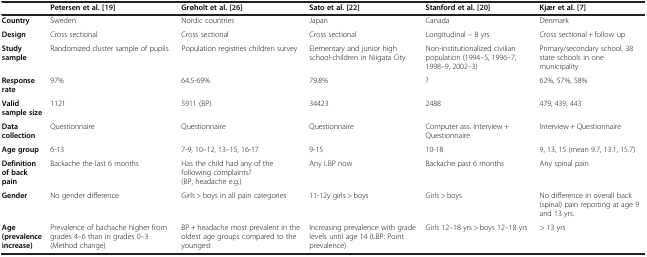
<table><thead><tr><td></td><td><b>Petersen et al. [19]</b></td><td><b>Grøholt et al.[26]</b></td><td><b>Sato et al.[22]</b></td><td><b>Stanford et al.[20]</b></td><td><b>Kjær et al.[7]</b></td></tr></thead><tbody><tr><td><b>Country</b></td><td>Sweden</td><td>Nordic countries</td><td>Japan</td><td>Canada</td><td>Denmark</td></tr><tr><td><b>Design</b></td><td>Cross sectional</td><td>Cross sectional</td><td>Cross sectional</td><td>Longitudinal – 8 yrs</td><td>Cross sectional + follow up</td></tr><tr><td><b>Study sample</b></td><td>Randomized cluster sample of pupils</td><td>Population registries children survey</td><td>Elementary and junior high school-children in Niigata City</td><td>Non-institutionalized civilian population (1994–5, 1996–7, 1998–9, 2002–3)</td><td>Primary/secondary school. 38 state schools in one municipality</td></tr><tr><td><b>Response rate</b></td><td>97%</td><td>64.5-69%</td><td>79.8%</td><td>?</td><td>62%, 57%, 58%</td></tr><tr><td><b>Valid sample size</b></td><td>1121</td><td>5911 (BP)</td><td>34423</td><td>2488</td><td>479, 439, 443</td></tr><tr><td><b>Data collection</b></td><td>Questionnaire</td><td>Questionnaire</td><td>Questionnaire</td><td>Computer ass. Interview + Questionnaire</td><td>Interview + Questionnaire</td></tr><tr><td><b>Age group</b></td><td>6-13</td><td>7-9, 10–12, 13–15, 16-17</td><td>9-15</td><td>10-18</td><td>9, 13, 15 (mean 9.7, 13.1, 15.7)</td></tr><tr><td><b>Definition of back pain</b></td><td>Backache the last 6 months</td><td>Has the child had any of the following complaints? (BP, headache e.g.)</td><td>Any LBP now</td><td>Backache past 6 months</td><td>Any spinal pain</td></tr><tr><td><b>Gender</b></td><td>No gender difference</td><td>Girls &gt; boys in all pain categories</td><td>11-12y girls &gt; boys</td><td>Girls &gt; boys</td><td>No difference in overall back (spinal) pain reporting at age 9 and 13 yrs.</td></tr><tr><td><b>Age (prevalence increase)</b></td><td>Prevalence of bachache higher from grades 4–6 than in grades 0–3 (Method change)</td><td>BP + headache most prevalent in the oldest age groups compared to the youngest</td><td>Increasing prevalence with grade levels until age 14 (LBP: Point prevalence)</td><td>Girls 12–18 yrs &gt; boys 12–18 yrs</td><td>&gt; 13 yrs</td></tr></tbody></table>